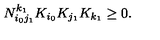
N _ { i _ { 0 } j _ { 1 } } ^ { k _ { 1 } } K _ { i _ { 0 } } K _ { j _ { 1 } } K _ { k _ { 1 } } \geq 0 .